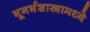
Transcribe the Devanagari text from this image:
भूगर्भशास्त्रामध्ये